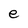
Character: e